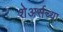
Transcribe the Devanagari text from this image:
शेअर्सच्या